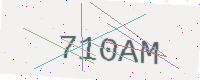
Text: 710AM